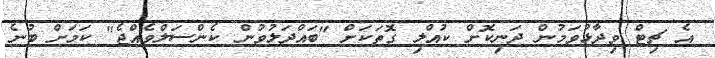
އެ ޗިޓް ވިދާޅުވަމުން ދަނިކޮށް ކުއްލި ގޮތަކަށް "ބައްދަލުވުން ކެންސަލްވެއްޖެ" ކަމަށް ބުނެ